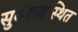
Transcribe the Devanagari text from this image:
सुव्यव्यस्थित